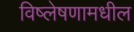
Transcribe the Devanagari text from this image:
विष्लेषणामधील